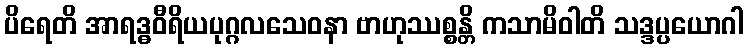
ပိရေတိ အာရဒ္ဓဝီရိယပုဂ္ဂလသေဝနာ ဗာဟုဿစ္စန္တိ ကသာမိဝါတိ သဒ္ဒပ္ပယောဂါ